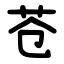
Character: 苍